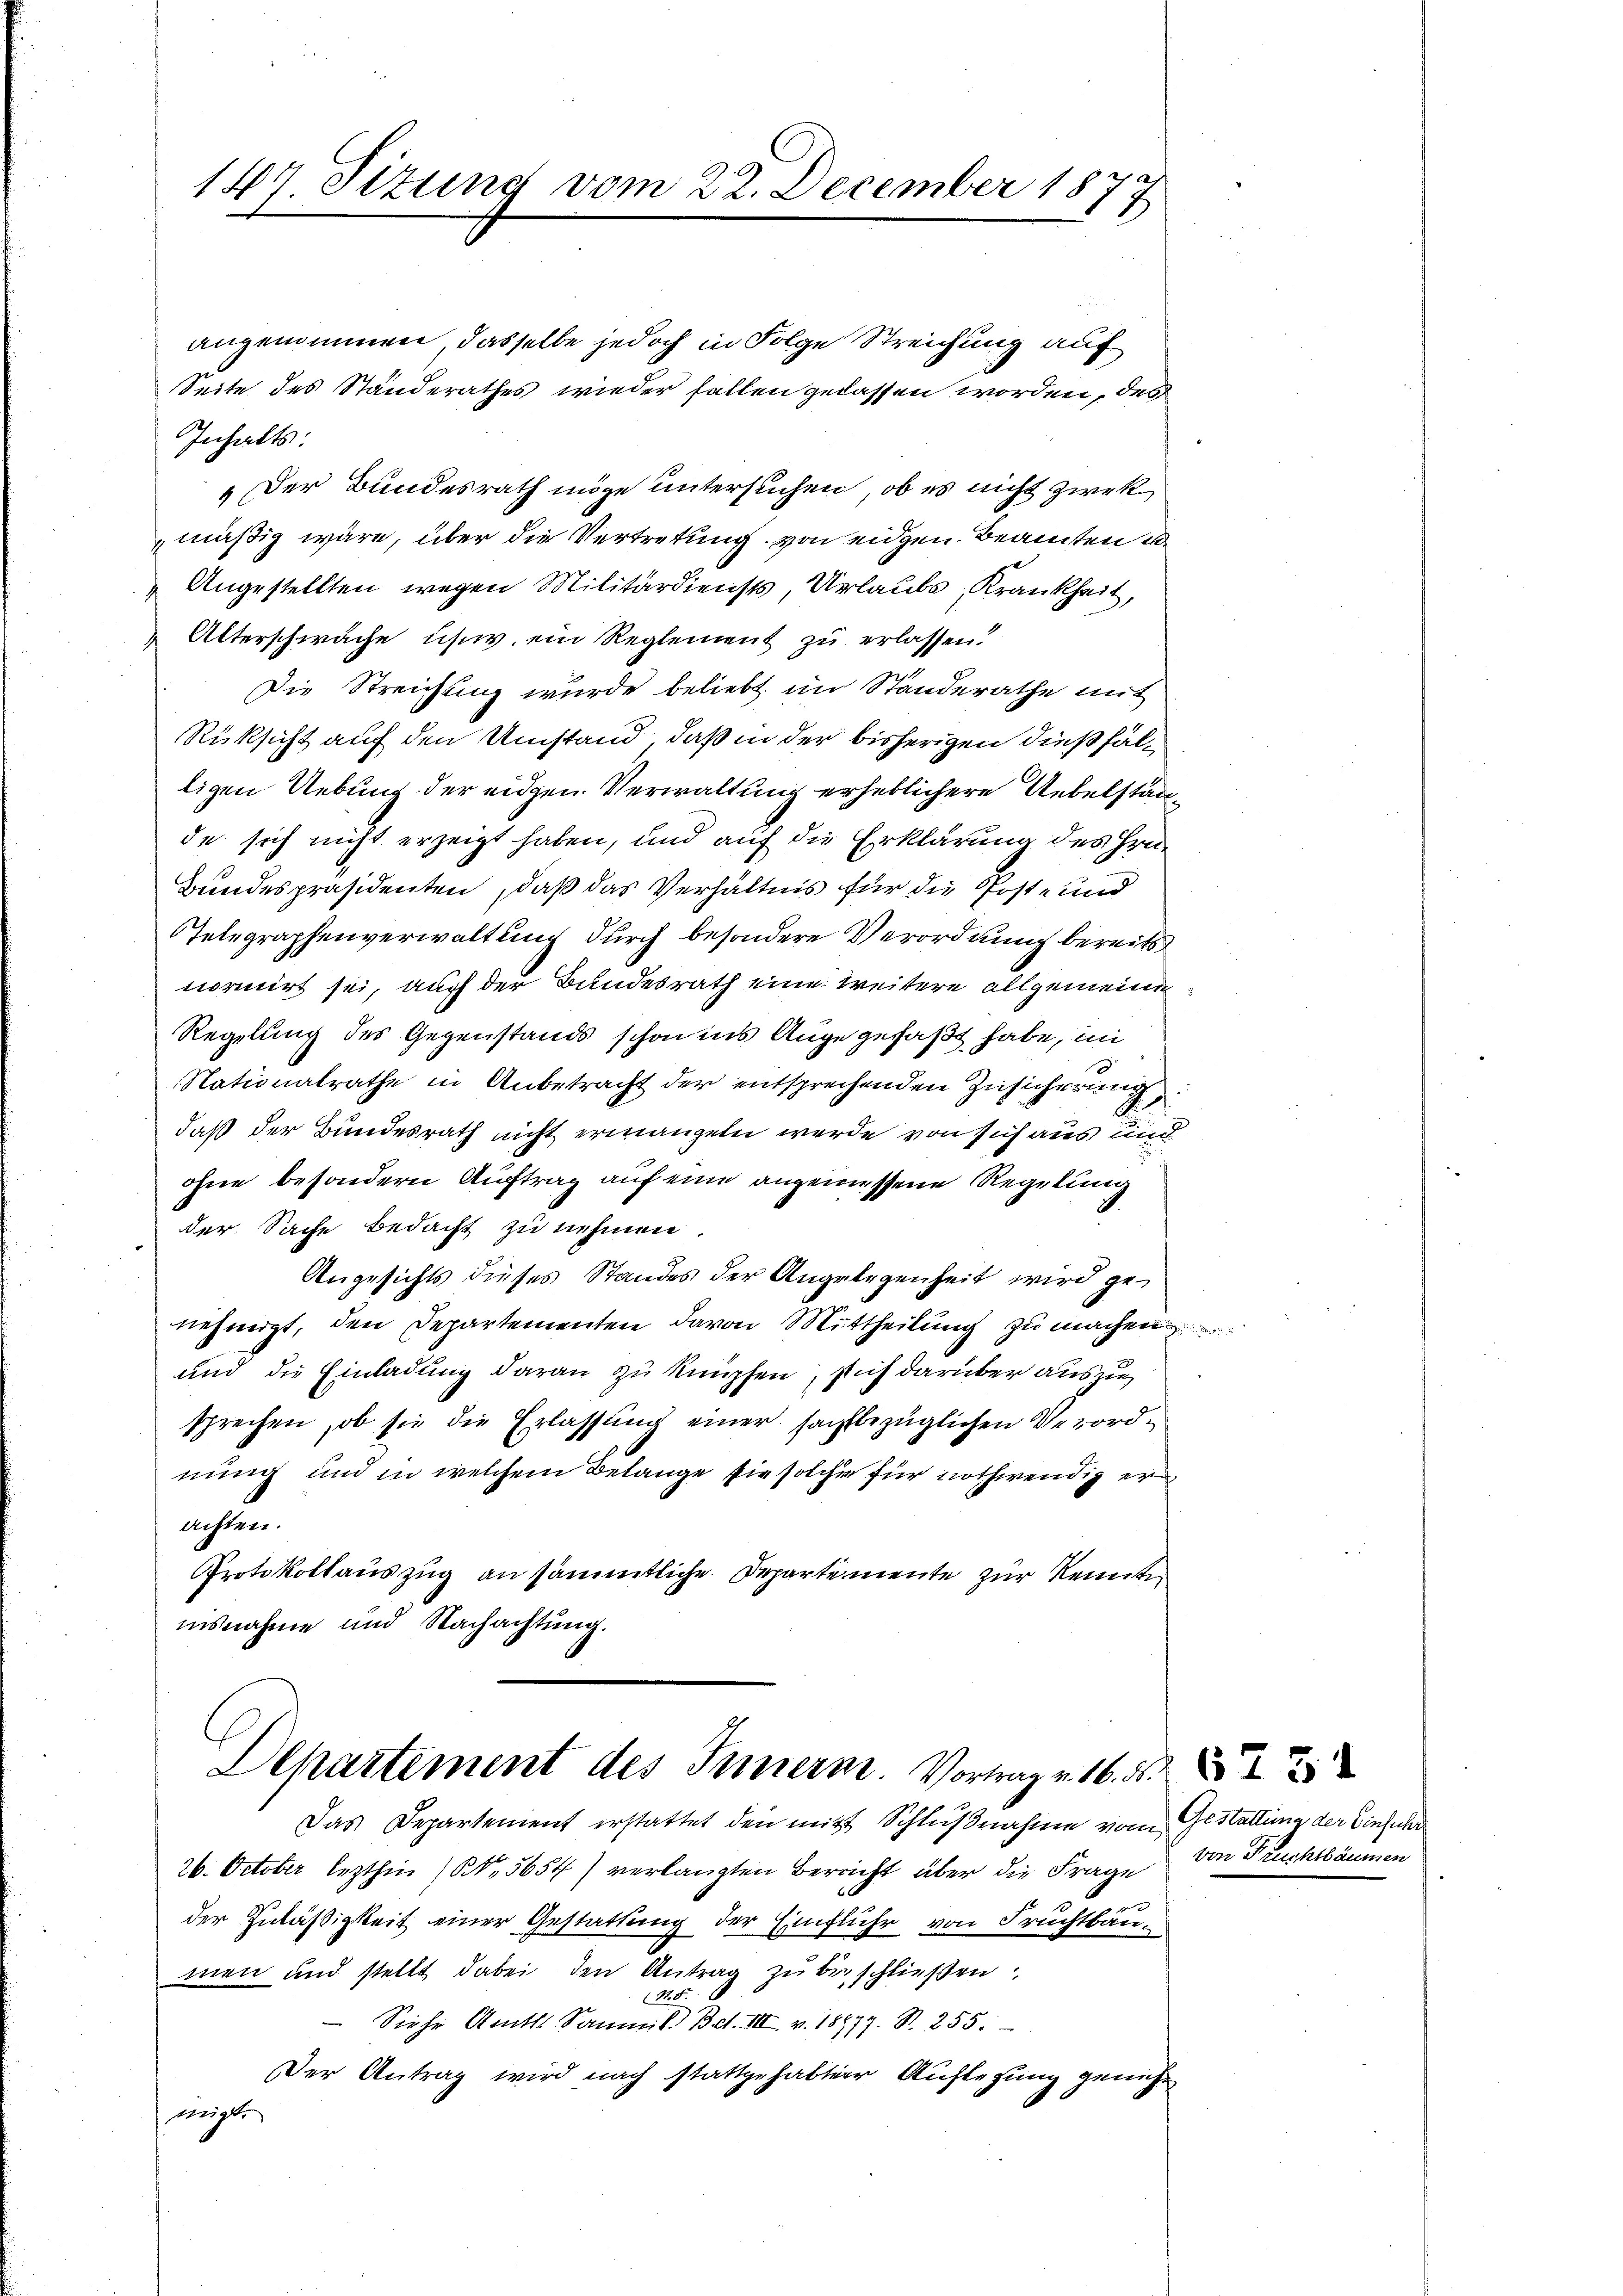
187 Sizung vom 22. December 18
17

angenommen, dasselbe jedoch in Folge Streichung auf
Seite des Standerathes wieder fallen gelassen worden, des
Inhalts:
„Der Bundesrath möge untersuchen, ob es nicht zwekmäßig wäre, über die Vertretung von eidgen. Beamten u
Angestellten wegen Militärdiensts, Urlaubs, Krankheit,
 Alterschwäche usw. ein Reglement zu erlassen?
Die Streichung wurde beliebt im Ständerathe mit
Rüksicht auf den Umstand, daß in der bisherigen dießfälligen Uebung der eidgen Verwaltung erheblichere Uebelstän
de sich nicht erzeigt haben, und auf die Erklärung des Hrn.
Bundespräsidenten, daß das Verhältnis für die Post- und
STelegraphenverwaltung durch besondere Verordnung bereits
normirt sei, auch der Bundesrath eine weitere allgemeine
Regelung des Gegenstands schon ins Auge gefaßt habe, in
3
Nationalrathe in Anbetracht der entsprechenden Zusicherung
daß der Bundesrath nicht ermangeln werde von sich aus und
ohne besondern Auftrag auf eine angemessene Regelung
der Sache bedacht zu nehmen.
Angesichts dieses Standes der Angelegenheit wird genehmigt, den Departementen davon Mittheilŭng zŭ machen
und die Einladung daran zu knüpfen, sich darüber auszusprechen, ob sie die Erlassŭng einer sachbezüglichen Verordnung und in welchem Belange sie solche für nothwendig er
achten.
Protokollauszug an sämmtliche Departemente zur Kennte
nisnahme und Nachachtung.
Departement des Innern. Vortrag v. 16. 52
Das Departement erstattet den mitt Schlußnahme vom Gestattung der Einfuhr
st
26. October lezthin (S. 5654) verlangten Bericht über die Frage
der Zuläßigkeit einer Gestattung der Einfluhr von Fruchtbaumen und stellt dabei den Antrag zu beschließen:
1825.
 Siehe Amts Samml. Bet. III v. 18977. S. 255.
Der Antrag wird nach stattgehabter Auflegung genehmigt.

von Früchtbäumen